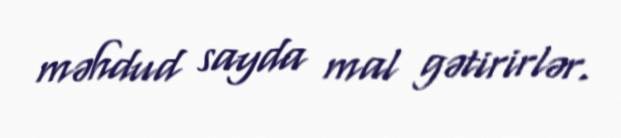
məhdud sayda mal gətirirlər.